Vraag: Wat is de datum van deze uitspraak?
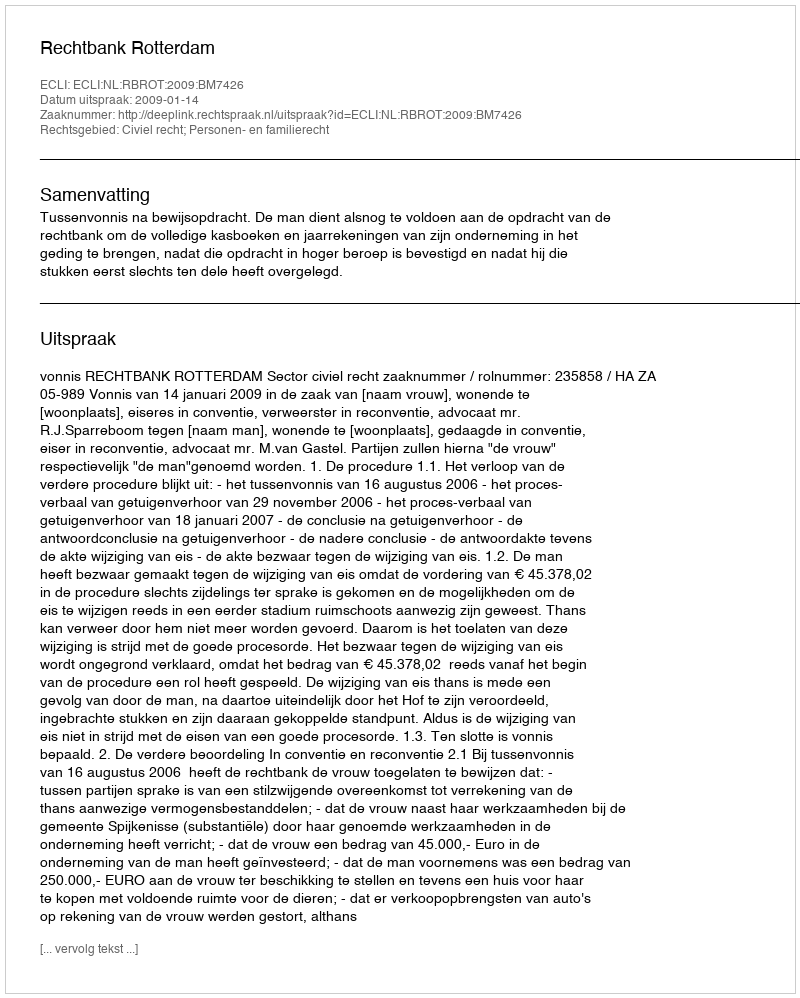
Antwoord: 2009-01-14